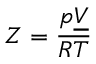
Z = { \frac { p { \underline { { V } } } } { R T } }